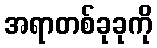
အရာတစ်ခုခုကို